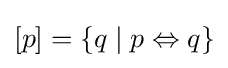
[p]=\{q\mid p\Leftrightarrow q\}